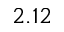
2 . 1 2